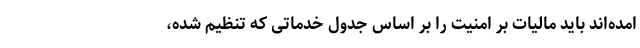
امده‌اند باید مالیات بر امنیت را بر اساس جدول خدماتی که تنظیم شده،